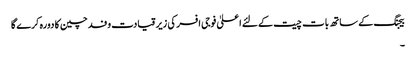
بیجنگ کے ساتھ بات چیت کےلئے اعلیٰ فوجی افسر کی زیر قیادت وفد چین کا دورہ کرے گا
۔